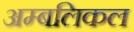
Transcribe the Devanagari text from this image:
अम्बलिकल